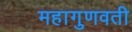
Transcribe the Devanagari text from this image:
महागुणवती